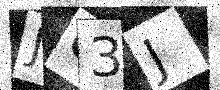
Text: J03J